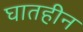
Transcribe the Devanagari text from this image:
घातहीन